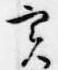
実